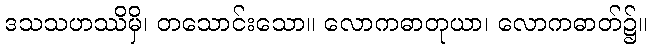
ဒသသဟဿိမှိ၊ တသောင်းသော။ လောကဓာတုယာ၊ လောကဓာတ်၌။